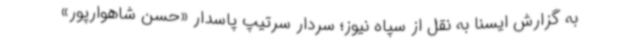
به گزارش ایسنا به نقل از سپاه نیوز؛ سردار سرتیپ پاسدار «حسن شاهوارپور»